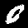
Digit: 0